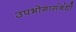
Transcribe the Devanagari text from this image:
उपभोगासंबंधी